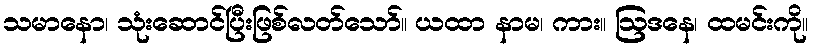
သမာနော၊ သုံးဆောင်ပြီးဖြစ်လတ်သော်။ ယထာ နာမ၊ ကား။ ဩဒနေ၊ ထမင်းကို။